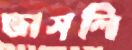
ভাসলি